Vaccination report Assam 1896-1927 - 1896-1927
Year: 1896
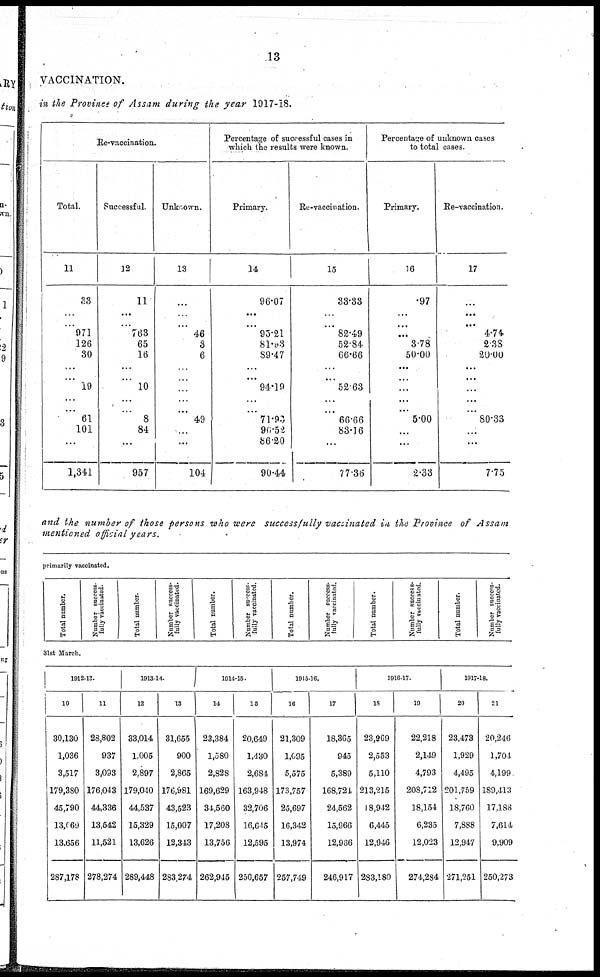
13
VACCINATION.
in the Province of Assam during the year 1917-18.
Re-vaccination.
Total.
11
33
...
...
971
126
30
...
...
19
...
...
61
101
...
1,341
Successful.
12
11
...
...
763
65
16
...
...
10
...
...
8
84
...
957
Unknown.
13
...
...
...
46
3
6
...
...
...
...
...
49
...
...
104
Percentage of successful cases in
which the results were known.
Primary.
14
96.07
...
...
95.21
81.93
89.47
...
...
94.19
...
...
71.90
96.52
86.20
90.44
Re-vaccination.
15
33.33
...
...
82.49
52.84
66.66
...
...
52.63
...
...
66.66
83.16
...
77.36
Percentage of unknown cases
to total cases.
Primary.
16
.97
...
...
...
3.78
50.00
...
...
...
...
...
5.00
...
...
2.33
Re-vaccination.
17
...
...
...
4.74
2.38
20.00
...
...
...
...
...
80.33
...
...
7.75
and the number of those persons who were successfully vaccinated in the Province of Assam
mentioned official years.
primarily vaccinated.
Total number.
Number success-
fully vaccinated.
Total number.
Number success-
fully vaccinated.
Total number.
Number success-
fully vaccinated.
Total number.
Number success-
fully vaccinated.
Total number.
Number success-
fully vaccinated.
Total number.
Number success-
fully vaccinated.
31st March.
1912-13.
10
30,130
1,036
3,517
179,380
45,790
13,669
13,656
287,178
11
28,802
937
3,093
176,043
44,336
13,542
11,521
278,274
1913-14.
12
33,014
1,005
2,897
179,040
44,537
15,329
13,626
289,448
13
31,655
900
2,865
176,981
43,523
15,007
12,343
283,274
1914-15.
14
23,384
1,580
2,828
169,629
34,560
17,208
13,756
262,915
15
20,649
1,430
2,684
163,948
32,706
16,615
12,595
250,657
1915-16.
16
21,309
1,095
5,575
173,757
25,697
16,342
13,974
257,749
17
18,365
945
5,389
168,721
24,562
15,966
12,986
246,917
1916-17.
18
23,969
2,553
5,110
213,215
18,942
6,445
12,946
283,180
19
22,218
2,149
4,793
208,712
18,154
6,235
12,023
274,284
1917-18.
20
23,473
1,929
4,495
201,759
18,760
7,888
12,947
271,251
21
20,246
1,701
4,199
189,413
17,183
7,614
9,909
250,273